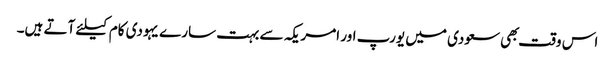
اس وقت بهی سعودی میں یورپ اور امریکہ سے بہت سارے یہودی کام کیلئے آتے ہیں۔